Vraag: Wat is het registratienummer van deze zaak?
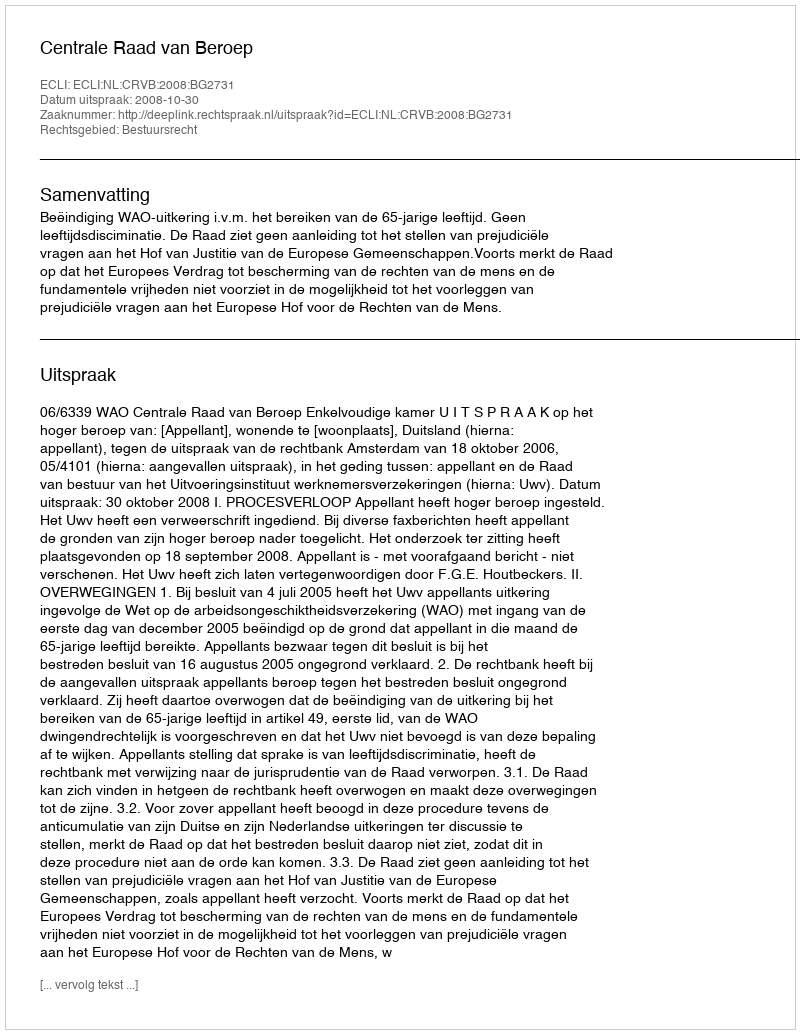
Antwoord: http://deeplink.rechtspraak.nl/uitspraak?id=ECLI:NL:CRVB:2008:BG2731